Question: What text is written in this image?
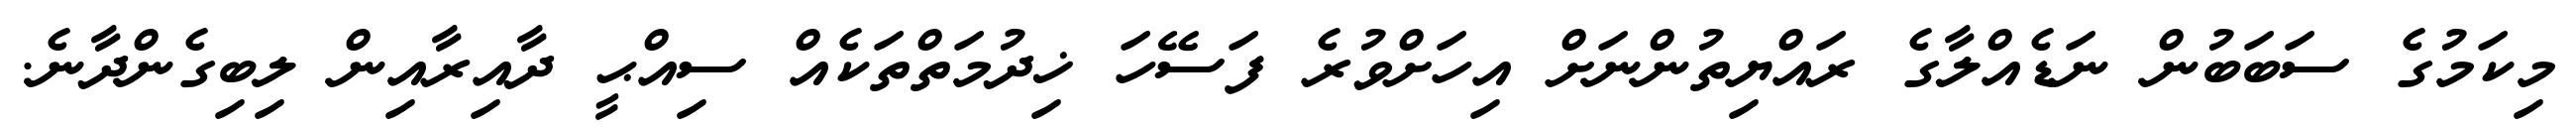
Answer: މިކަމުގެ ސަބަބުން ނަޑެއްލާގެ ރައްޔިތުންނަށް އިހަށްވުރެ ފަސޭހަ ޚިދުމަތްތަކެއް ސިއްޙީ ދާއިރާއިން ލިބިގެންދާނެ.